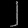
Digit: ၂